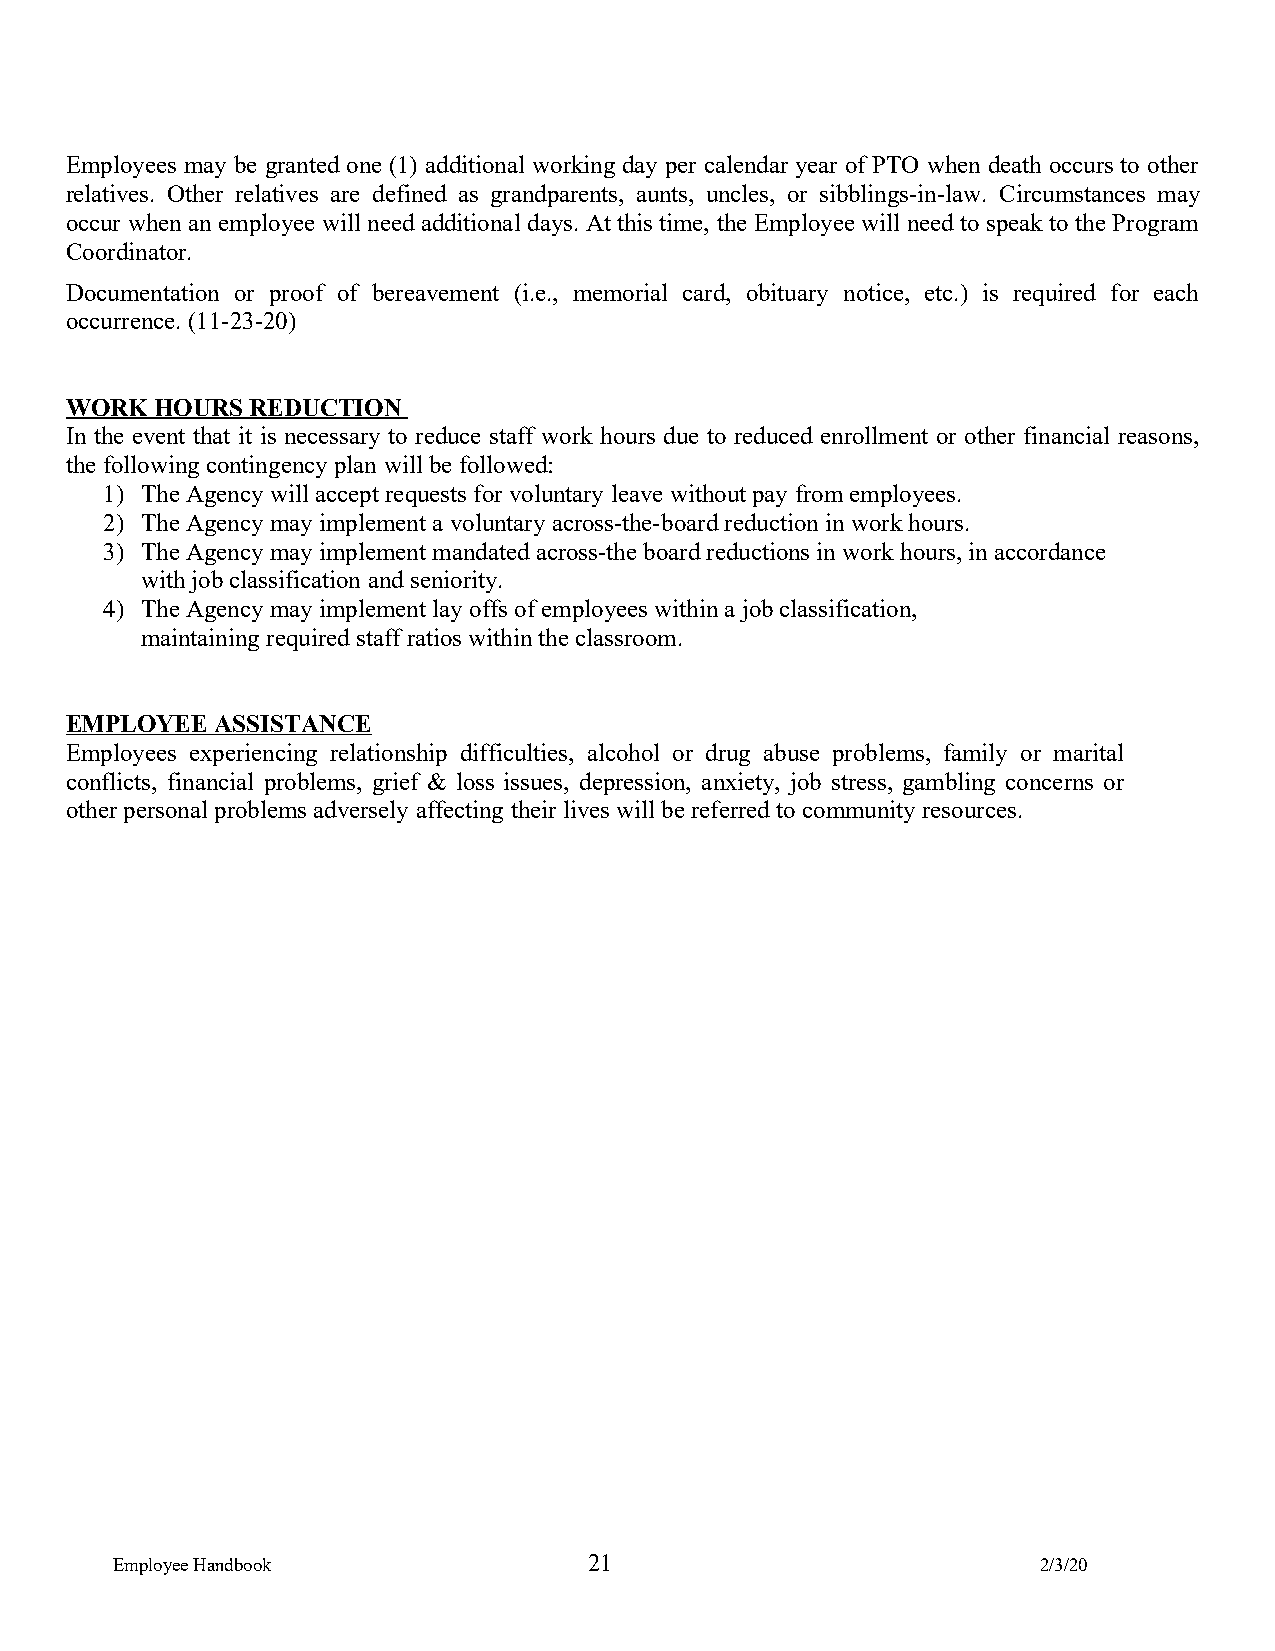
Employees may be granted one (1) additional working day per calendar year of PTO when death occurs to other
 relatives. Other relatives are defined as grandparents, aunts, uncles, or sibblings-in-law. Circumstances may
 occur when an employee will need additional days. At this time, the Employee will need to speak to the Program
 Coordinator.
 Documentation or proof of bereavement (i.e., memorial card, obituary notice, etc.) is required for each
 occurrence. (11-23-20)
 WORK  HOURS REDUCTION
 In the event that it is necessary to reduce staff work hours due to reduced enrollment or other financial reasons,
 the following contingency plan will be followed:
 1) The Agency will accept requests for voluntary leave without pay from employees.
 2) The Agency may implement a voluntary across-the-board reduction in work hours.
 3) The Agency may implement mandated across-the board reductions in work hours, in accordance
 with job classification and seniority.
 4) The Agency may implement lay offs of employees within a job classification,
 maintaining required staff ratios within the classroom.
 EMPLOYEE  ASSISTANCE
 Employees experiencing relationship difficulties, alcohol or drug abuse problems, family or marital
 conflicts, financial problems, grief & loss issues, depression, anxiety, job stress, gambling concerns or
 other personal problems adversely affecting their lives will be referred to community resources.
 Employee Handbook               21                            2/3/20